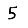
Digit: 5